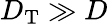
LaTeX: D_{\mathrm{T}}\gg D